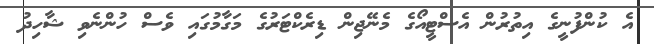
އެ ކުންފުނީގެ އިތުރުން އެސްޓީއޯގެ މެނޭޖިން ޑިރެކްޓަރުގެ މަގާމުގައި ވެސް ހުންނެވި ޝާހިދު